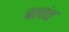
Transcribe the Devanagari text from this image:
बलांत